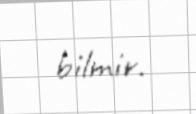
bilmir.